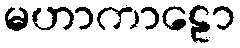
မဟာကာဠော